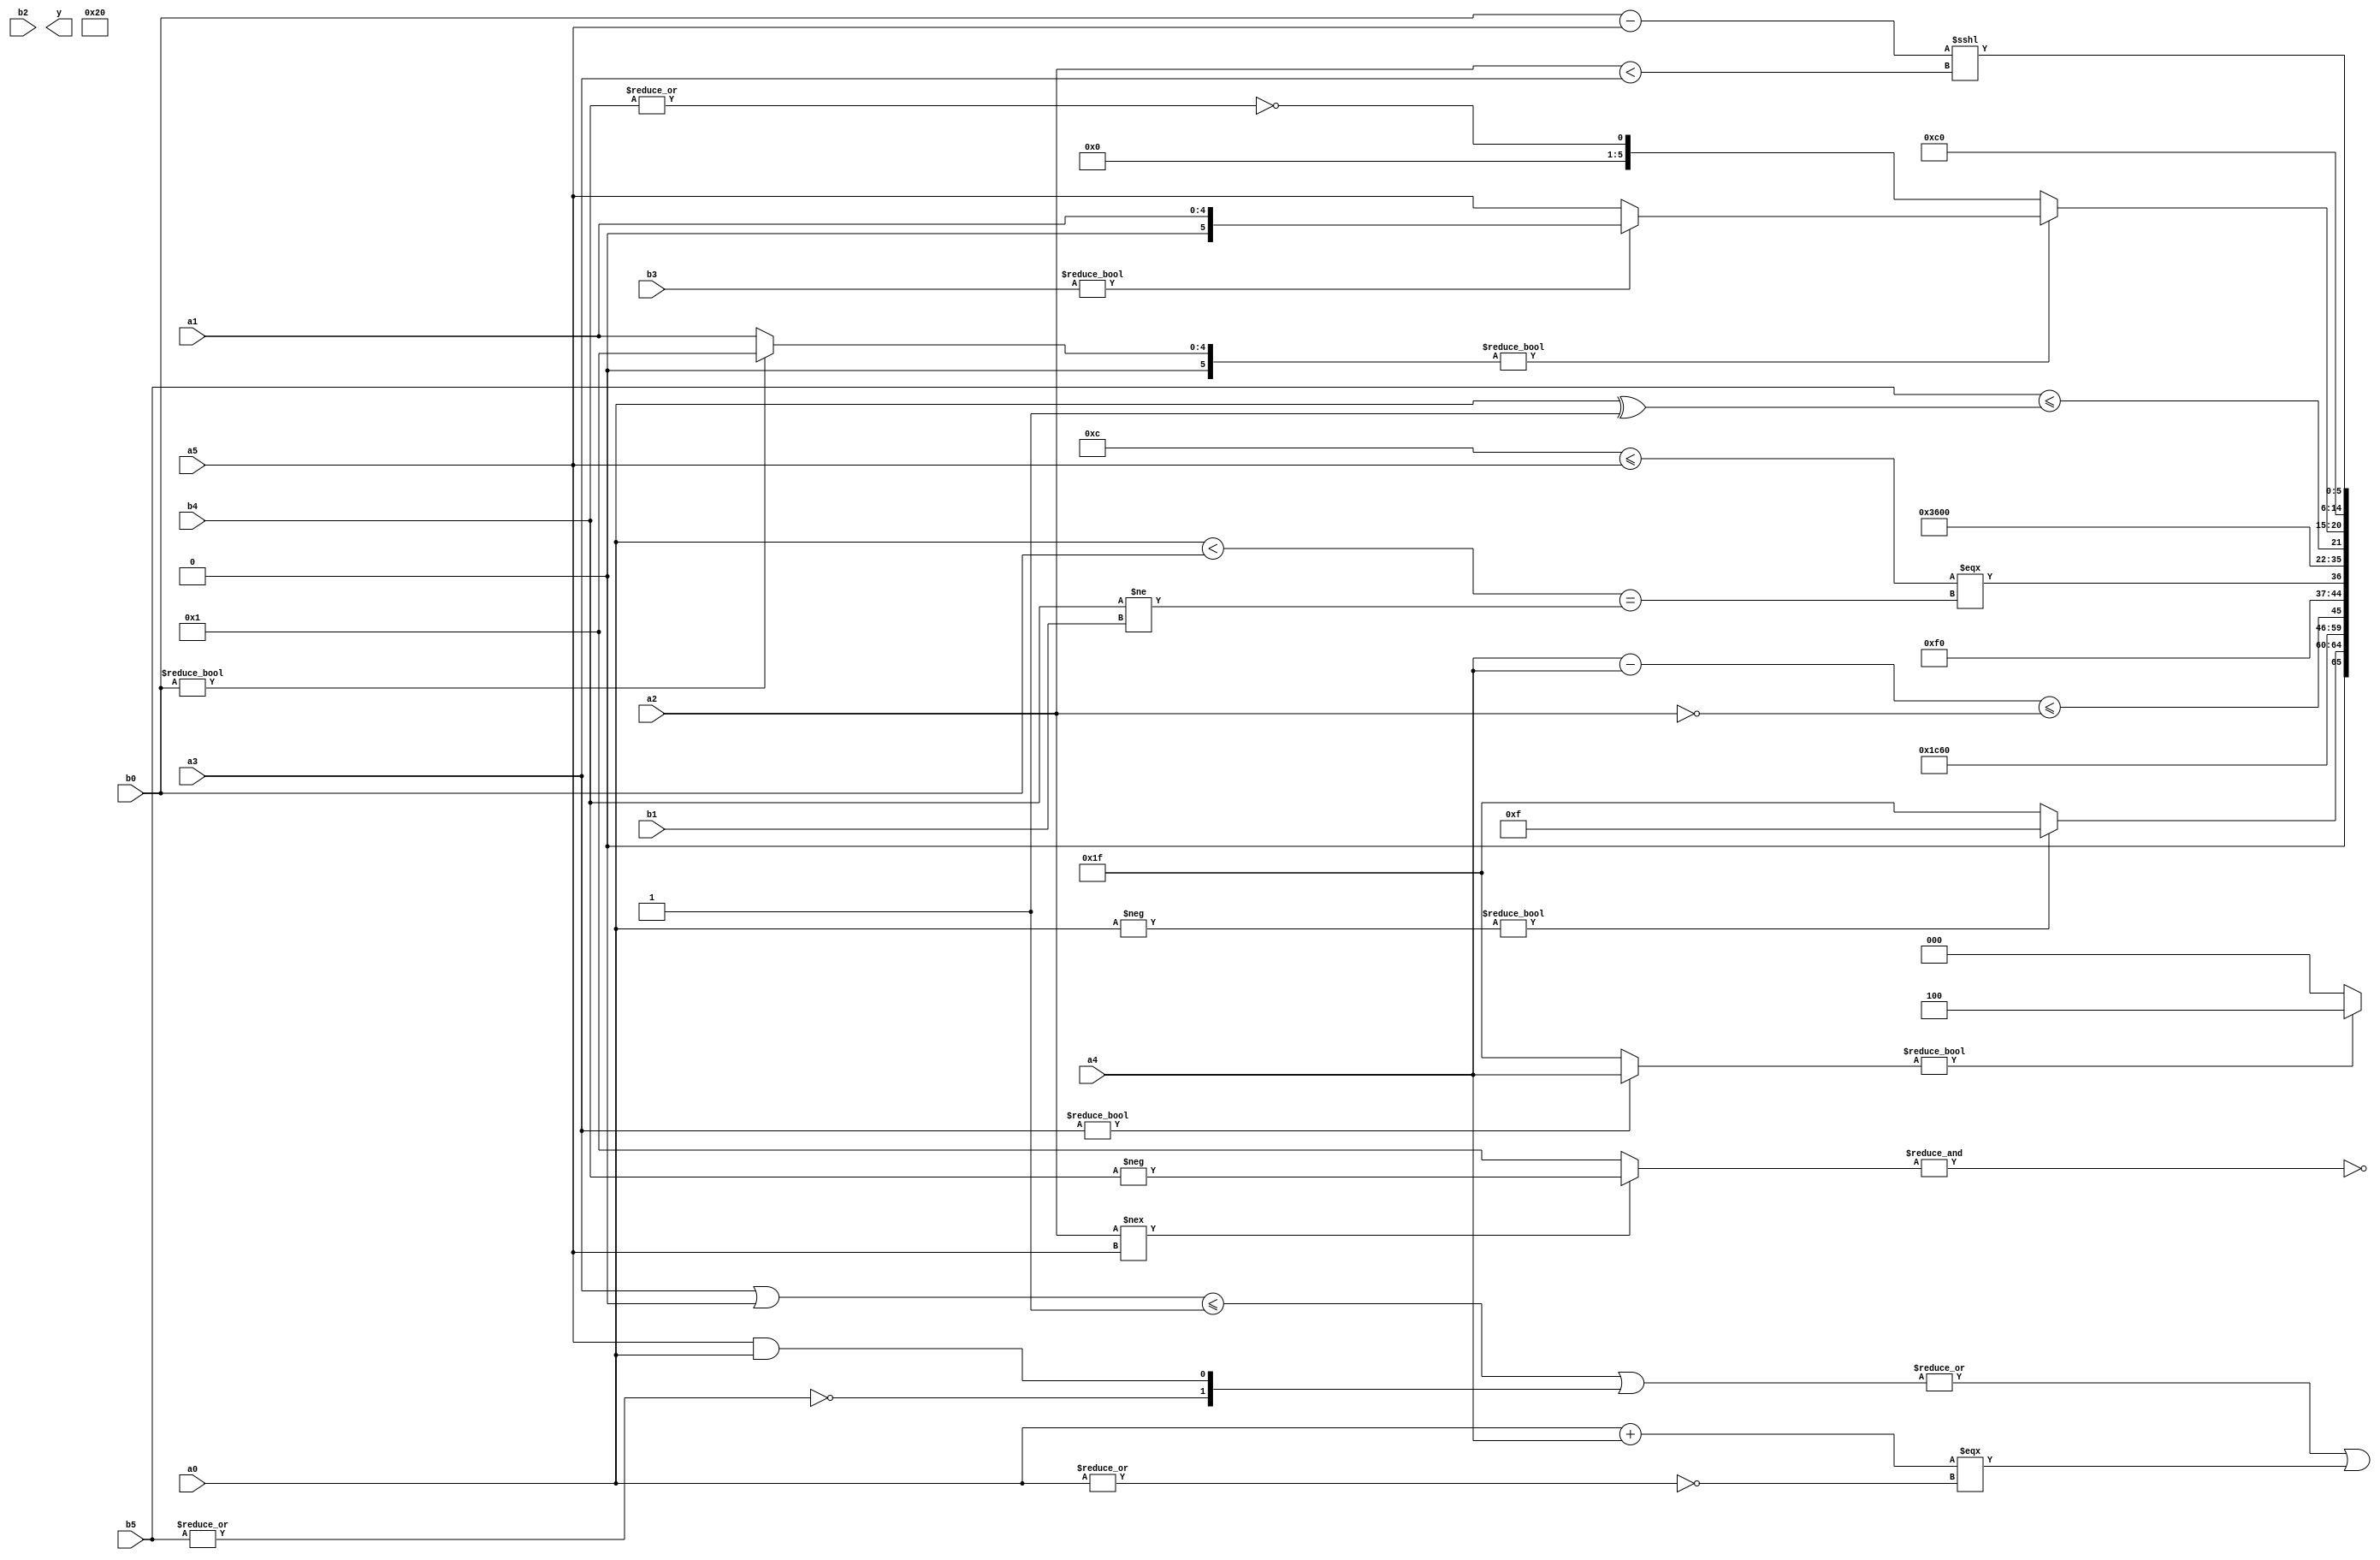
module expression_00802(a0, a1, a2, a3, a4, a5, b0, b1, b2, b3, b4, b5, y);
  input [3:0] a0;
  input [4:0] a1;
  input [5:0] a2;
  input signed [3:0] a3;
  input signed [4:0] a4;
  input signed [5:0] a5;

  input [3:0] b0;
  input [4:0] b1;
  input [5:0] b2;
  input signed [3:0] b3;
  input signed [4:0] b4;
  input signed [5:0] b5;

  wire [3:0] y0;
  wire [4:0] y1;
  wire [5:0] y2;
  wire signed [3:0] y3;
  wire signed [4:0] y4;
  wire signed [5:0] y5;
  wire [3:0] y6;
  wire [4:0] y7;
  wire [5:0] y8;
  wire signed [3:0] y9;
  wire signed [4:0] y10;
  wire signed [5:0] y11;
  wire [3:0] y12;
  wire [4:0] y13;
  wire [5:0] y14;
  wire signed [3:0] y15;
  wire signed [4:0] y16;
  wire signed [5:0] y17;

  output [89:0] y;
  assign y = {y0,y1,y2,y3,y4,y5,y6,y7,y8,y9,y10,y11,y12,y13,y14,y15,y16,y17};

  localparam [3:0] p0 = ((3'd3)?(-2'sd1):((-2'sd0)&(2'sd1)));
  localparam [4:0] p1 = (+({{((4'd9)<(-5'sd0))}}===(-((-5'sd4)<<(3'd1)))));
  localparam [5:0] p2 = ((((5'd18)?(4'sd2):(5'sd8))?((2'd2)===(2'sd0)):(+(3'd2)))&&{{(-3'sd1),(4'd8)},(~(4'd3)),((3'd7)?(5'd12):(4'd2))});
  localparam signed [3:0] p3 = ((4'd8)?(3'd7):((3'd4)||(5'd20)));
  localparam signed [4:0] p4 = (4'd5);
  localparam signed [5:0] p5 = (((3'sd2)^~(4'd12))&&((3'd5)>=(3'd3)));
  localparam [3:0] p6 = ((((-3'sd3)?(3'd2):(3'd0))?((4'd8)?(5'd1):(5'd6)):((2'd2)?(2'd3):(-2'sd1)))?{3{((2'd1)<<<(3'd4))}}:(4'sd1));
  localparam [4:0] p7 = (((-4'sd1)>>>(5'd31))<((3'd3)>>(3'sd3)));
  localparam [5:0] p8 = {3{(~&{2{(2'd3)}})}};
  localparam signed [3:0] p9 = ((((4'd7)?(5'd2):(2'sd1))>>((4'd11)<<<(4'sd4)))|{4{(-(3'd5))}});
  localparam signed [4:0] p10 = {2{{2{{1{((3'd5)<<<(3'd4))}}}}}};
  localparam signed [5:0] p11 = (!(~(!(4'd8))));
  localparam [3:0] p12 = (!{(-(~&(~&(|((4'd0)?(2'd3):(-2'sd0)))))),(~&(~{4{(3'd4)}}))});
  localparam [4:0] p13 = {3{(2'd3)}};
  localparam [5:0] p14 = ((-(-((~&((3'd5)>>(3'd6)))>={((5'd22)-(-3'sd3))})))+(~&(-{{(2'd3),(3'sd0)},(~(&(5'sd0)))})));
  localparam signed [3:0] p15 = {1{(4'd2 * {2{(3'd3)}})}};
  localparam signed [4:0] p16 = (~&((4'sd6)||(3'd6)));
  localparam signed [5:0] p17 = (|(-(~^(~(-(~|(&(!(|(~^(~&(4'd13))))))))))));

  assign y0 = (+((a3?a4:p13)?{1{(4'd4)}}:{3{p6}}));
  assign y1 = $unsigned(($signed({2{(p2|p9)}})<{(p0<<<p14),(~^p10),(p8^~p17)}));
  assign y2 = ((|(((a3|p6)<=(~|p10))|{(~|b5),(a5&&a0)}))|($signed((a0+a4))===(^{(~|a0)})));
  assign y3 = (~&((a2!==a5)?(-b4):(|p9)));
  assign y4 = $unsigned(((p16/p10)));
  assign y5 = {2{((-a0)?{p16,p0}:{p13})}};
  assign y6 = (3'd7);
  assign y7 = (4'd3);
  assign y8 = (|((a4-a4)<=(!(a2))));
  assign y9 = ((p6?b2:p14)*(~(p2>>>p17)));
  assign y10 = (((5'd12)<=(+a5))===((a0<b0)==(b4!=b1)));
  assign y11 = ((+(-5'sd10)));
  assign y12 = (({3{$unsigned(p0)}}-{1{(p11?p14:p13)}})==(((p8?p11:b1)?(p6?p4:b4):(p8!=p14))==((p12?b1:p16)?(p11?p14:p11):(p3==p17))));
  assign y13 = ($unsigned(b5)<=(a0^p5));
  assign y14 = ((b0?p5:a1)?(b3?a1:a5):(~|b4));
  assign y15 = {(~^{2{{(2'd1),(2'sd0)}}}),{{1{{(a5?b4:p9),(+(p1?p15:p15))}}}}};
  assign y16 = $signed($signed($unsigned($unsigned((~|(|(~(^$unsigned(((~|$signed((~^p6)))))))))))));
  assign y17 = ((b0-a5)<<<(a2<a3));
endmodule